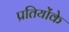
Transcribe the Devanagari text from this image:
प्रतियोंके